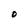
Character: O